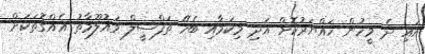
އައި ދެ މީހުން ހައްޔަރުކޮށް އަދި މިކަމާއި ބެހޭ ތަފްސީލް މައުލޫމާތު އެއްގޮތަކަށް